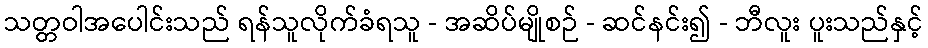
သတ္တဝါအပေါင်းသည် ရန်သူလိုက်ခံရသူ - အဆိပ်မျိုစဉ် - ဆင်နင်း၍ - ဘီလူး ပူးသည်နှင့်